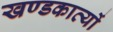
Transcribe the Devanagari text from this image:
खण्डकाव्यों